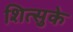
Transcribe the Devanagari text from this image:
शित्सुके